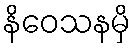
နိဝေသနမှိ